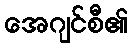
အေဂျင်စီ၏